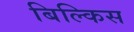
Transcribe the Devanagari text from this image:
बिल्किस